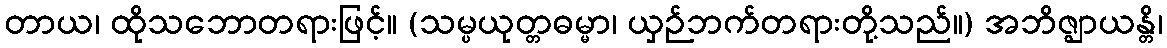
တာယ၊ ထိုသဘောတရားဖြင့်။ (သမ္ပယုတ္တဓမ္မာ၊ ယှဉ်ဘက်တရားတို့သည်။) အဘိဇ္ဈာယန္တိ၊